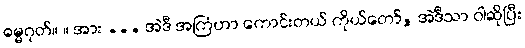
ဓမ္မဂုတ်။ ။ အား ... အဲဒီ အကြံဟာ ကောင်းတယ် ကိုယ်တော်, အဲဒီသာ ဝါဆိုပြီး